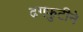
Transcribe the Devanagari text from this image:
ढगफुटीने